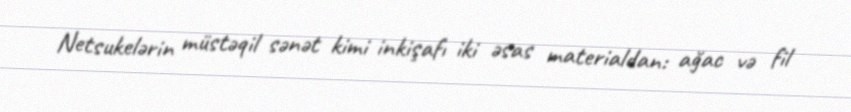
Netsukelərin müstəqil sənət kimi inkişafı iki əsas materialdan: ağac və fil